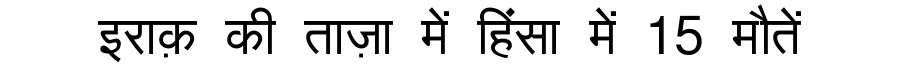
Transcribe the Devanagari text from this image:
इराक़ की ताज़ा में हिंसा में 15 मौतें